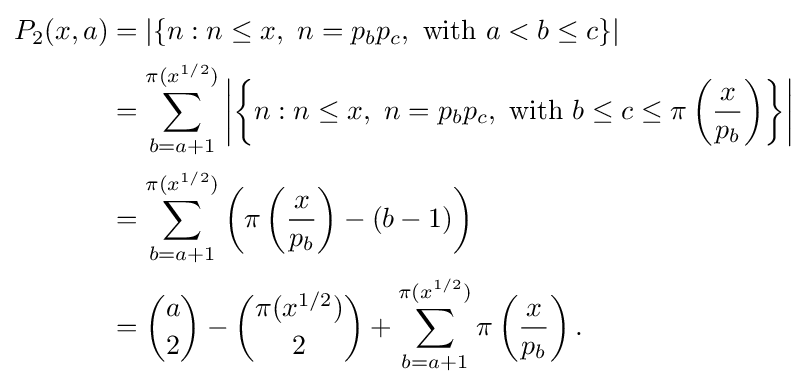
{\begin{aligned}P_{2}(x,a)&=\left|\left\{n:n\leq x,~n=p_{b}p_{c},~{\text{with}}~a<b\leq c\right\}\right|\\&=\sum _{b=a+1}^{\pi (x^{1/2})}\left|\left\{n:n\leq x,~n=p_{b}p_{c},~{\text{with}}~b\leq c\leq \pi \left({\frac {x}{p_{b}}}\right)\right\}\right|\\&=\sum _{b=a+1}^{\pi (x^{1/2})}\left(\pi \left({\frac {x}{p_{b}}}\right)-(b-1)\right)\\&={\binom {a}{2}}-{\binom {\pi (x^{1/2})}{2}}+\sum _{b=a+1}^{\pi (x^{1/2})}\pi \left({\frac {x}{p_{b}}}\right).\end{aligned}}